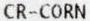
CR-CORN